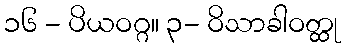
၁၆ - ပိယဝဂ္ဂ။ ၃- ဝိသာခါဝတ္ထု